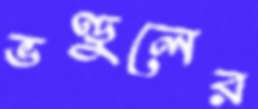
ভণ্ডুলের